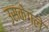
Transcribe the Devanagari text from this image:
उसकेगले